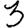
Digit: 3